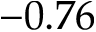
- 0 . 7 6